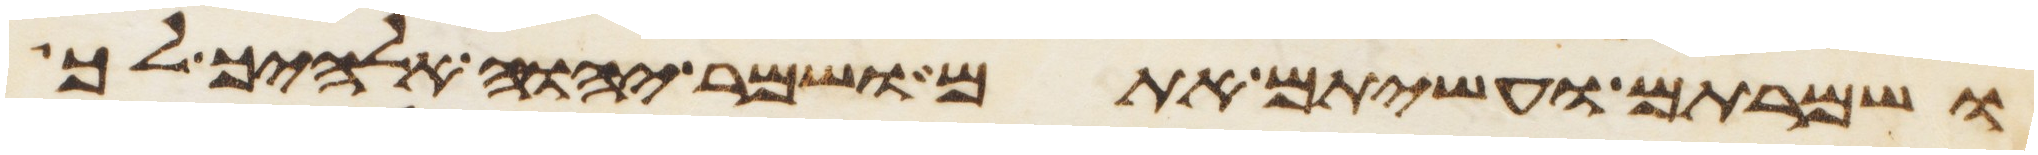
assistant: ושמרתם ועשיתם אתם ושמר יהוה אלהיך לך